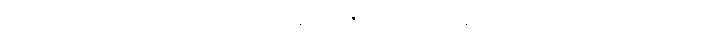
ပင့်ဖိတ်ခြင်းမျိုး ဖြစ်သည်။ ဂဏဘောဇဉ် မဖြစ်၊ မုန့်ဟင်းခါးဆွမ်း, မုန့်တီဆွမ်း,